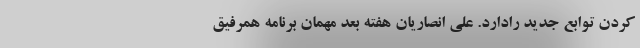
کردن توابع جدید رادارد. علی انصاریان هفته بعد مهمان برنامه همرفیق